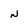
Character: N